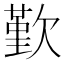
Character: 歏